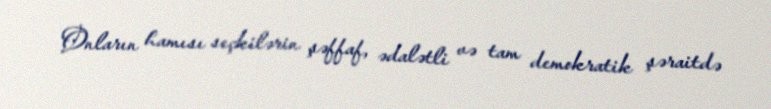
Onların hamısı seçkilərin şəffaf, ədalətli və tam demokratik şəraitdə